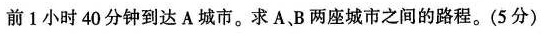
前1小时40分钟到达A城市。求A、B两座城市之间的路程。（5分）